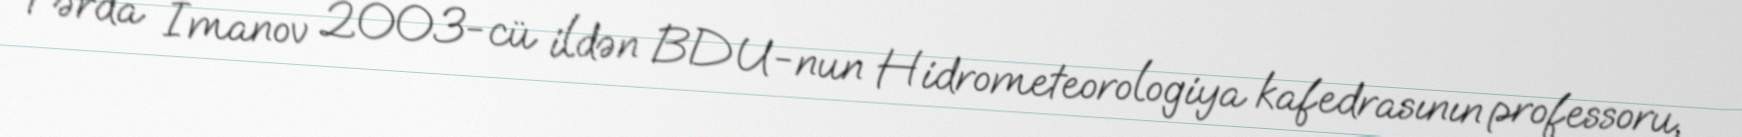
Fərda İmanov 2003-cü ildən BDU-nun Hidrometeorologiya kafedrasının professoru,